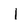
Character: 1